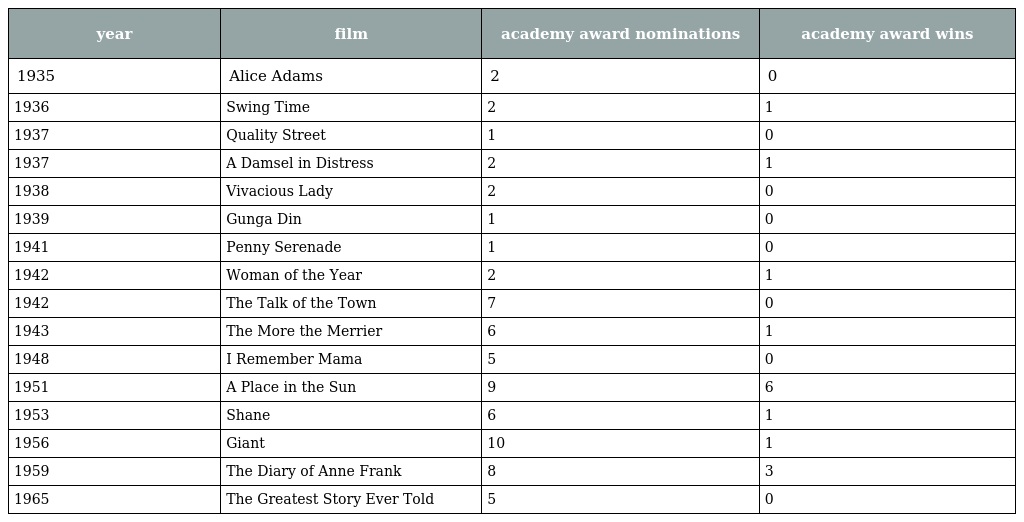
| year | film | academy award nominations | academy award wins |
 | --- | --- | --- | --- |
 | 1935 | Alice Adams | 2 | 0 |
 | 1936 | Swing Time | 2 | 1 |
 | 1937 | Quality Street | 1 | 0 |
 | 1937 | A Damsel in Distress | 2 | 1 |
 | 1938 | Vivacious Lady | 2 | 0 |
 | 1939 | Gunga Din | 1 | 0 |
 | 1941 | Penny Serenade | 1 | 0 |
 | 1942 | Woman of the Year | 2 | 1 |
 | 1942 | The Talk of the Town | 7 | 0 |
 | 1943 | The More the Merrier | 6 | 1 |
 | 1948 | I Remember Mama | 5 | 0 |
 | 1951 | A Place in the Sun | 9 | 6 |
 | 1953 | Shane | 6 | 1 |
 | 1956 | Giant | 10 | 1 |
 | 1959 | The Diary of Anne Frank | 8 | 3 |
 | 1965 | The Greatest Story Ever Told | 5 | 0 |